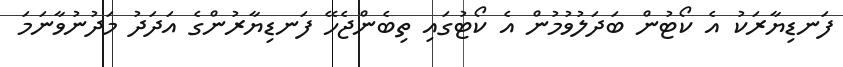
ފަނޑިޔާރަކު އެ ކޯޓުން ބަދަލުވުމުން އެ ކޯޓުގައި ތިބެންޖެހޭ ފަނޑިޔާރުންގެ އަދަދު މަދުނުވާނަމަ